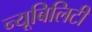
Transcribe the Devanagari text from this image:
न्यूबिलिटी